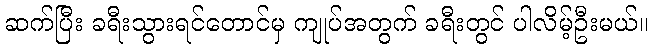
ဆက်ပြီး ခရီးသွားရင်တောင်မှ ကျုပ်အတွက် ခရီးတွင် ပါလိမ့်ဦးမယ်။